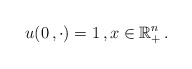
\begin{align*}u(0\,,\cdot) = 1\,,x \in \mathbb{R}_{+}^n\,.\end{align*}